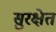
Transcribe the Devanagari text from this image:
सुरक्षेत